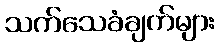
သက်သေခံချက်များ